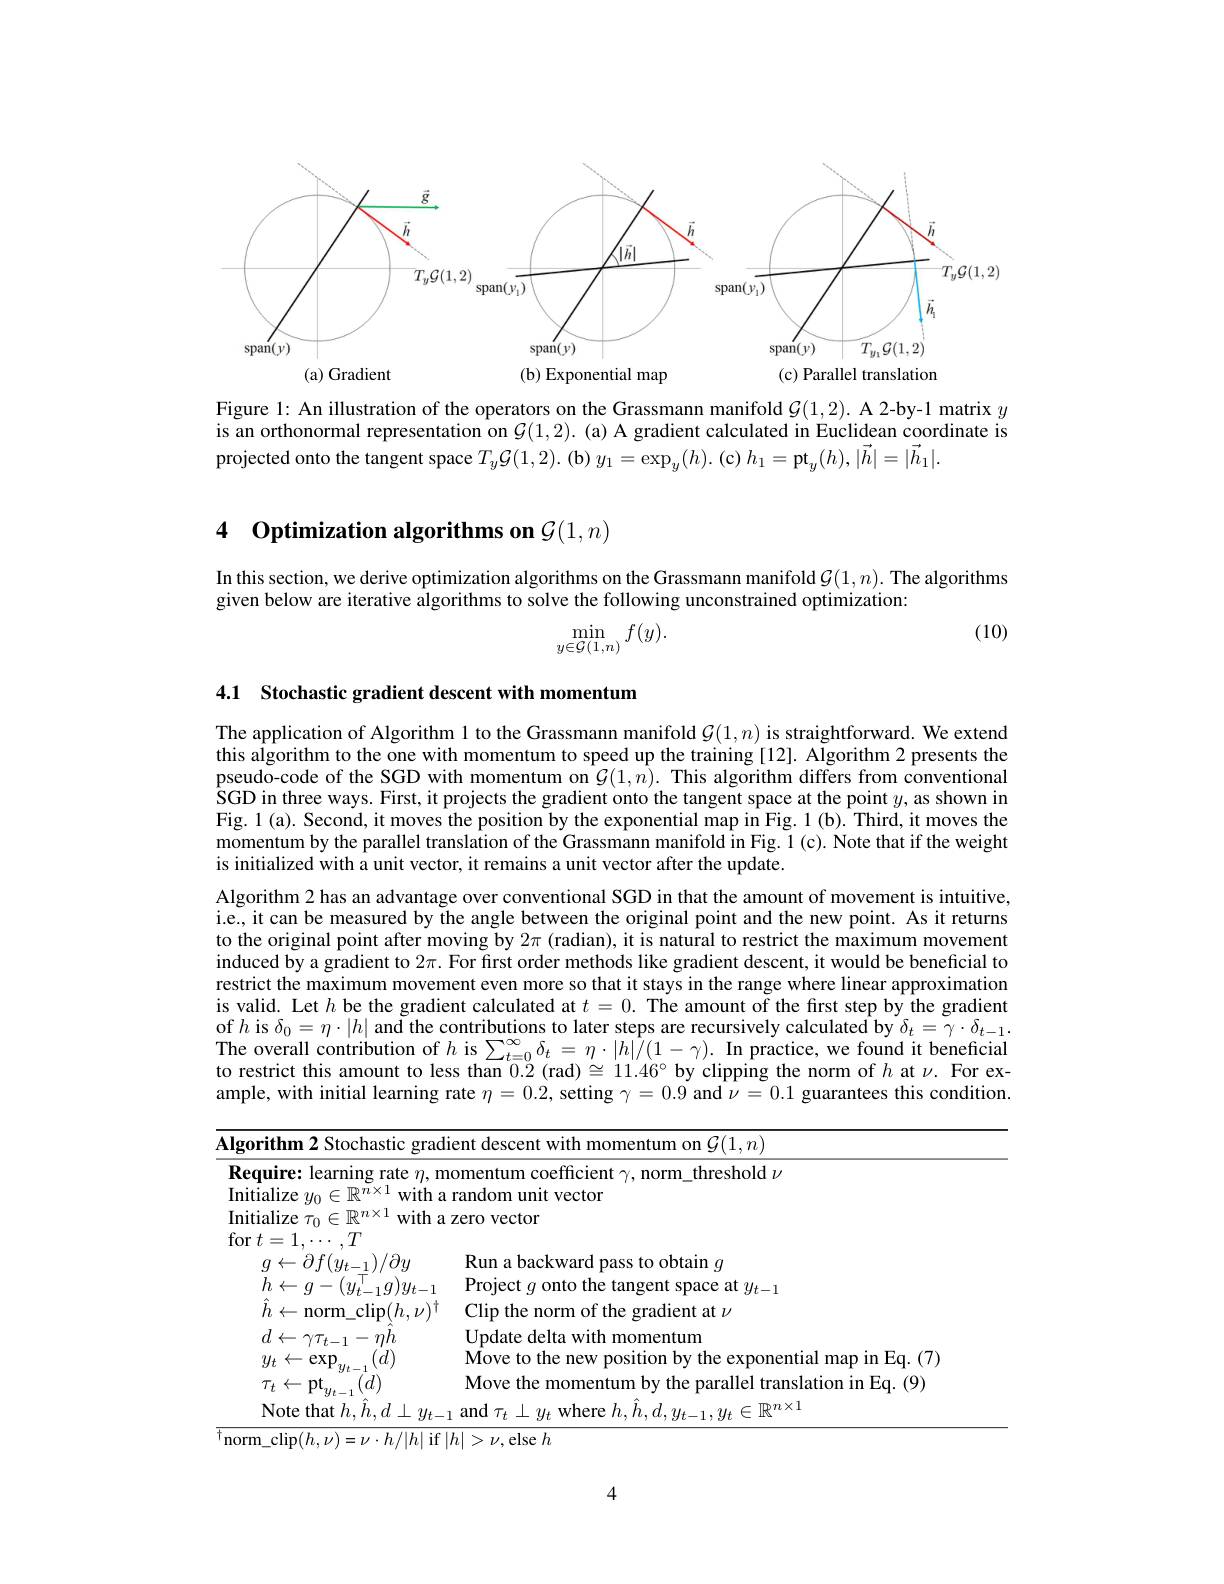
<FigureHere>
transl
(a) Gradient
(b) Exponential map

Figure 1: An illustration of the operators on the Grassmann manifold $\mathcal{G}(1,2).$ A 2-by-1 matrix $y$ is an orthonormal representation on $G(1,2).$ (a) A gradient calculated in Euclidean coordinate is projected onto the tangent space $T_y\mathcal{G}(1,2).$ (b) $y_1=\exp_y(h).$ (c) $h_1=\mathrm{pt}_y(h),|\vec{h}|=|\vec{h}_1|.$

# 4 Optimization algorithms on $\mathcal{G}(1,n)$

In this section, we derive optimization algorithms on the Grassmann manifold $\mathcal{G}(1,n).$ The algorithms
given below are iterative algorithms to solve the following unconstrained optimization:

(10)
$$\min_{y\in\mathcal{G}(1,n)}f(y).$$
<table>
	<tbody>
		<tr>
			<td>The application of Algorithr this algorithm to the one wit pseudo-code of the SGD wi SGD in three ways. First, it p Fig. 1 (a). Second, it moves momentum by the parallel tra is initialized with a unit vecto</td>
			<td>${\textbf{n 1 to the Grassmann manifold }\mathcal{G}}(1,n){\text{ is straightforward. We extend}}$ th momentum to speed up the training [12]. Algorithm 2 presents the ith momentum on $\mathcal{G}(1,n).$ This algorithm differs from conventional projects the gradient onto the tangent space at the point $y$,as shown in the position by the exponential map in Fig. 1 (b). Third, it moves the unslation of the Grassmann manifold in Fig. 1 (c). Note that if the weight or, it remains a unit vector after the update.</td>
		</tr>
		<tr>
			<td>Algorithm 2 has an advantag i.e., it can be measured by t to the original point after mo induced by a gradient to $2\pi.$ restrict the maximum movem is valid. Let $h$ be the gradie of $h$ is $\delta_0=\eta\cdot|h|$ and the c The overall contribution of to restrict this amount to le ample, with initial learning</td>
			<td>ge over conventional SGD in that the amount of movement is intuitive he angle between the original point and the new point. As it returns oving by $2\pi$ (radian), it is natural to restrict the maximum movement For first order methods like gradient descent, it would be beneficial to nent even more so that it stays in the range where linear approximation ent calculated at $t=0.$ The amount of the first step by the gradient contributions to later steps are recursively calculated by $\delta_t=\gamma\cdot\delta_{t-1}$ $h$ is $\sum_{t=0}^{\infty}\delta_{t}=\eta\cdot|h|/(1-\gamma).$ In practice, we found it beneficial 一  ss than 0.2 (rad)$\cong11.46^{\circ}$ by clipping the norm of $h$ at $\nu.$ For ex- rate $\eta=0.2$, setting $\gamma=0.9$ and $\nu=0.1$ guarantees this condition</td>
		</tr>
		<tr>
			<td>$\textbf{Require:  learning rate }\eta $,m Initialize $y_0\in \mathbb{R} ^{n\times 1}$ , with a Initialize $\tau_0\in\mathbb{R}^n\times1$ with a</td>
			<td>nomentum coefficient $\gamma$, norm\_threshold $\nu$ random unit vector t zero vector</td>
		</tr>
		<tr>
			<td>$=\nu\cdot h/|h|$ if norm clip$(h,\nu)$</td>
			<td>$|>\nu$,else $h$ $|h|$</td>
		</tr>
	</tbody>
</table>

4.1 Stochastic gradient descent with momentum
4